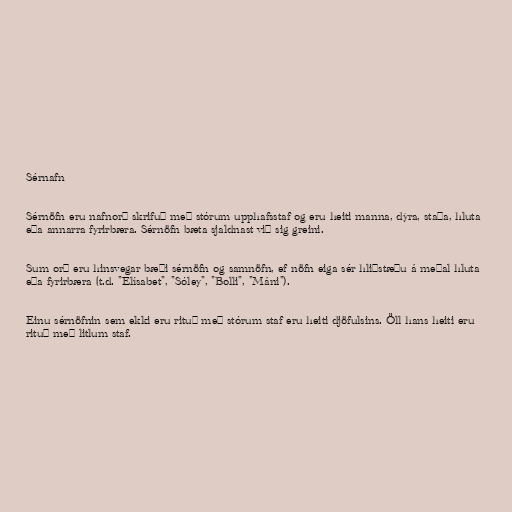
Sérnafn

Sérnöfn eru nafnorð skrifuð með stórum upphafsstaf og eru heiti manna, dýra, staða, hluta
eða annarra fyrirbæra. Sérnöfn bæta sjaldnast við sig greini.

Sum orð eru hinsvegar bæði sérnöfn og samnöfn, ef nöfn eiga sér hliðstæðu á meðal hluta
eða fyrirbæra (t.d. "Elísabet", "Sóley", "Bolli", "Máni").

Einu sérnöfnin sem ekki eru rituð með stórum staf eru heiti djöfulsins. Öll hans heiti eru
rituð með litlum staf.